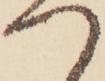
つ